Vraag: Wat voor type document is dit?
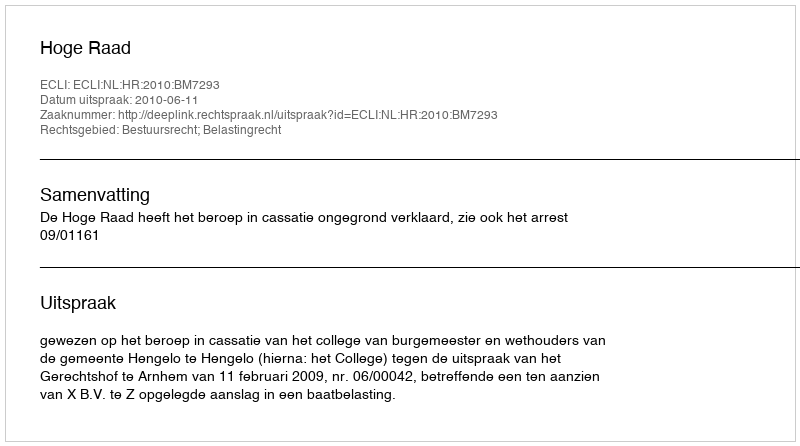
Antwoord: Uitspraak